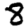
Digit: 8